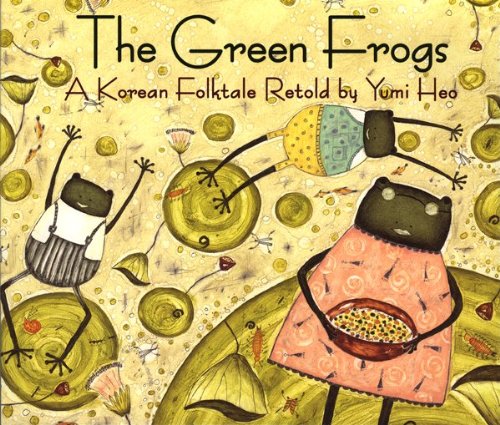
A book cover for The Green Frogs: A Korean Folktale; Yumi Heo; Children's Books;